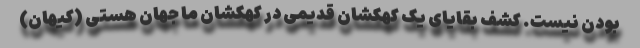
بودن نیست. کشف بقایای یک کهکشان قدیمی در کهکشان ما جهان هستی (کیهان)